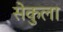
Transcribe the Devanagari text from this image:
सेकुला